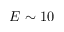
E \sim 1 0